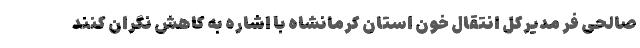
صالحی فر مدیرکل انتقال خون استان کرمانشاه با اشاره به کاهش نگران کنند